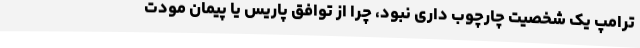
ترامپ یک شخصیت چارچوب داری نبود، چرا از توافق پاریس یا پیمان مودت